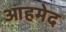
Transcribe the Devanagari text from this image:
आहमेद